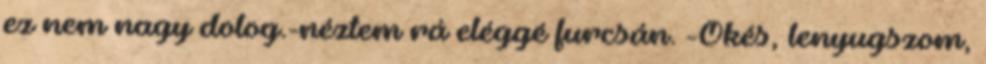
ez nem nagy dolog.-néztem rá eléggé furcsán. -Okés, lenyugszom,